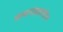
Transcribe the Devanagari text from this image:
कथासंग्रहांतील